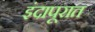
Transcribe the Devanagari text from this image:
इंदापूरात